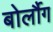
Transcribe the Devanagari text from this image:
बोर्लौग